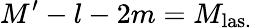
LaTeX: M^{\prime}-l-2m=M_{\mathrm{las.}}